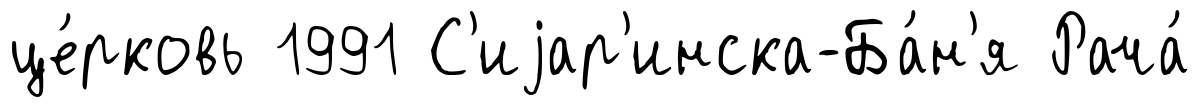
це́рковь 1991 С'иjар'инска-Ба́н'я Рача́